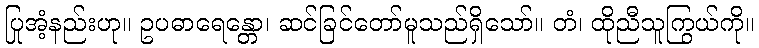
ပြုအံ့နည်းဟု။ ဥပဓာရေန္တော၊ ဆင်ခြင်တော်မူသည်ရှိသော်။ တံ၊ ထိုညီသူကြွယ်ကို။